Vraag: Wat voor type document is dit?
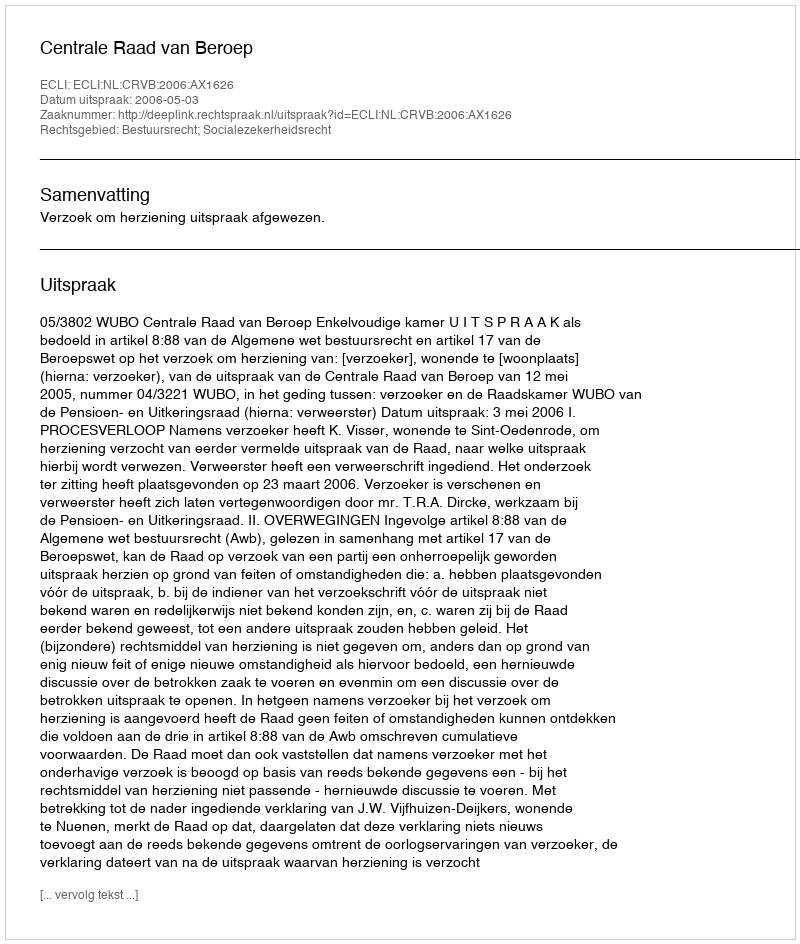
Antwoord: Uitspraak